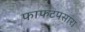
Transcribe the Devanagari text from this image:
फाफटपसारा